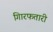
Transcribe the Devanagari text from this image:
गिारफतारी